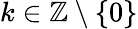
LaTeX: k\in\mathbb{Z}\setminus\{ 0\}